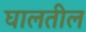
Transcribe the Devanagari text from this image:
घालतील